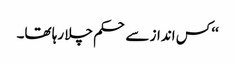
‘‘ کس انداز سے حکم چلا رہا تھا۔